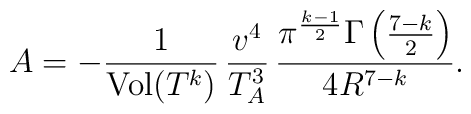
A= - \frac{1}{ {\rm Vol}(T^k) } \, \frac{v^4}{T_A^3} \, \frac{\pi^\frac{k-1}{2} \Gamma\left(\frac{7-k}{2}\right)}{4 R^{7-k}}.